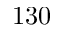
1 3 0